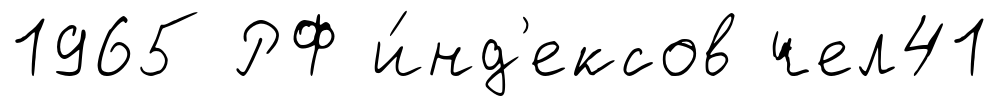
1965 РФ и́нд'ексов чел41